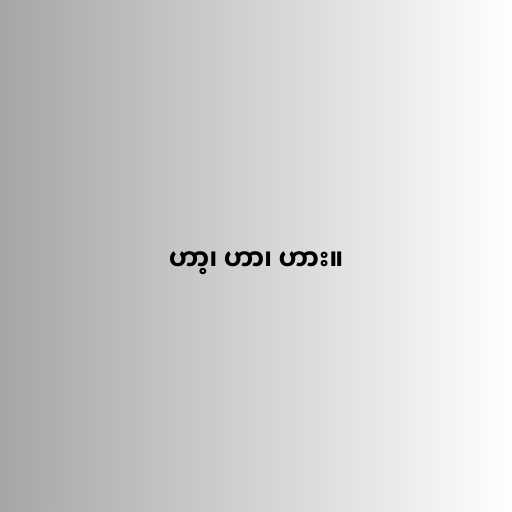
ဟာ့၊ ဟာ၊ ဟား။